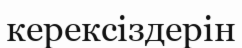
керексіздерін